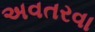
અવતરવા